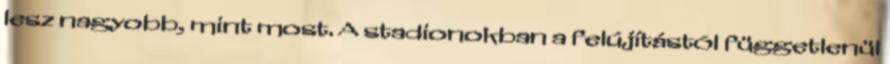
lesz nagyobb, mint most. A stadionokban a felújítástól függetlenül